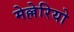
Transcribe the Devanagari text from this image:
मेल्लेरियो